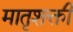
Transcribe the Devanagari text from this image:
मातृशक्ती